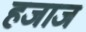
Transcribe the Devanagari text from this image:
हजाज